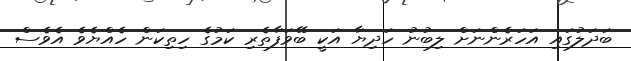
ބަދަލުގައި އަހަރެންނަށް ލިބުނު ހަދިޔާ އަކީ ބޭވަފާތެރި ކަމުގެ ހިތިކަން ހެއްޔެވެ އެވެސް